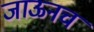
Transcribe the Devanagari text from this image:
जाऊनच